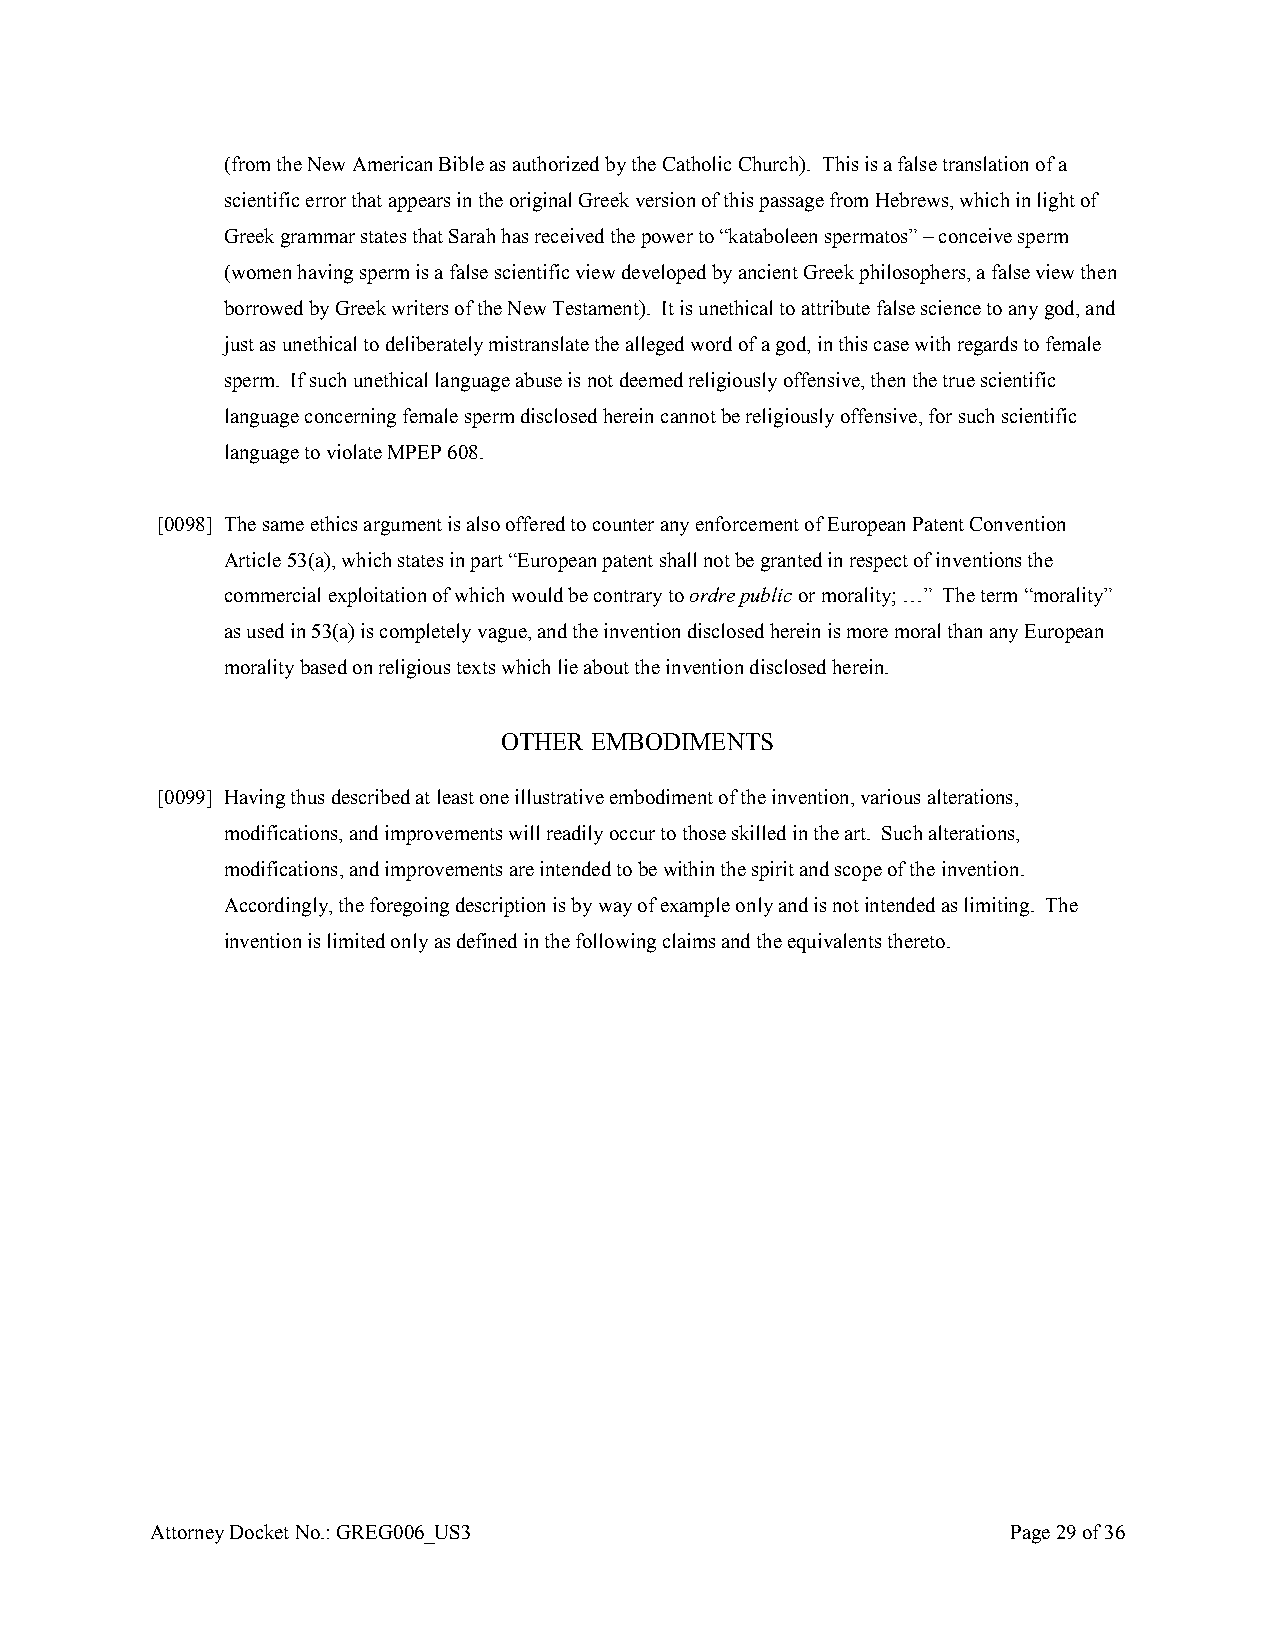
(from the New American Bible as authorized by the Catholic Church). This is a false translation of a
 scientific error that appears in the original Greek version of this passage from Hebrews, which in light of
 Greek grammar states that Sarah has received the power to “kataboleen spermatos” – conceive sperm
 (women having sperm is a false scientific view developed by ancient Greek philosophers, a false view then
 borrowed by Greek writers of the New Testament). It is unethical to attribute false science to any god, and
 just as unethical to deliberately mistranslate the alleged word of a god, in this case with regards to female
 sperm. If such unethical language abuse is not deemed religiously offensive, then the true scientific
 language concerning female sperm disclosed herein cannot be religiously offensive, for such scientific
 language to violate MPEP 608.
 [0098] The same ethics argument is also offered to counter any enforcement of European Patent Convention
 Article 53(a), which states in part “European patent shall not be granted in respect of inventions the
 commercial exploitation of which would be contrary to ordre public or morality; …” The term “morality”
 as used in 53(a) is completely vague, and the invention disclosed herein is more moral than any European
 morality based on religious texts which lie about the invention disclosed herein.
 OTHER EMBODIMENTS
 [0099] Having thus described at least one illustrative embodiment of the invention, various alterations,
 modifications, and improvements will readily occur to those skilled in the art. Such alterations,
 modifications, and improvements are intended to be within the spirit and scope of the invention.
 Accordingly, the foregoing description is by way of example only and is not intended as limiting. The
 invention is limited only as defined in the following claims and the equivalents thereto.
 Attorney Docket No.: GREG006_US3                         Page 29 of 36